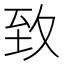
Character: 𦤶